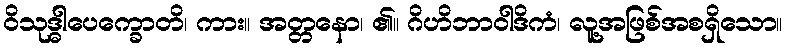
ဝိသုဒ္ဓါပေက္ခောတိ၊ ကား။ အတ္တနော၊ ၏။ ဂိဟိဘာဝါဒိကံ၊ လူ့အဖြစ်အစရှိသော။